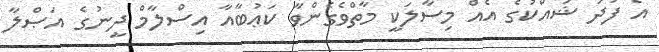
އެ ފަދަ ޝައްކުގެ އެއް މިސާލަކީ މާތްވެގެންވާ ކަޢުބާއާ އިސްލާމް ދީނުގެ އަޞްލާ